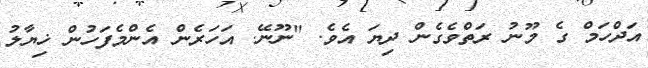
އަދްހަމް ގެ މޫނު ރަތްވެގެން ދިޔަ އެވެ. "ނޫނޭ. އަހަރެން އެންމެފަހުން ޚިޔާލު